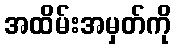
အထိမ်းအမှတ်ကို